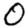
Digit: 0